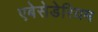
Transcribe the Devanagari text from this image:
एबेसेडेरियम